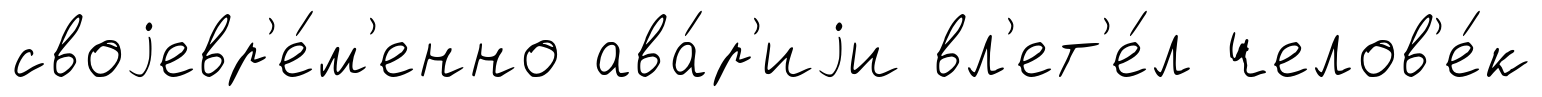
своjевр'е́м'енно ава́р'иjи вл'ет'е́л челов'е́к